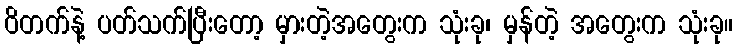
ဝိတက်နဲ့ ပတ်သက်ပြီးတော့ မှားတဲ့အတွေးက သုံးခု၊ မှန်တဲ့ အတွေးက သုံးခု။